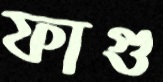
ফাগু